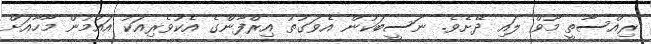
ރިއްސާތީ މޫވް ލައި ދޭށެވެ. ނަސީބަކުން އެވަގުތު އިރްފާންގެ އެކުވެރިއަކު އައުމުން މާހާއަށް